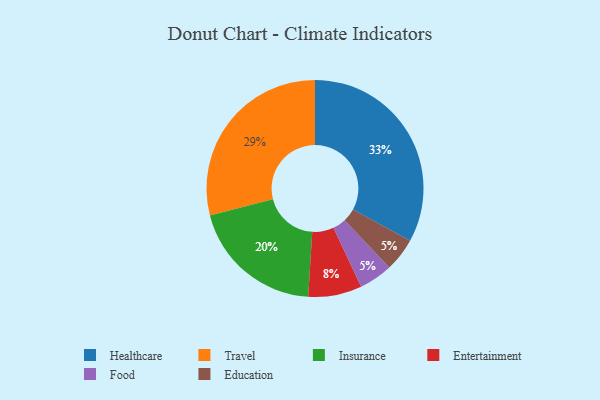
{"axis": {"x": "Category", "y": "Percentage"}, "legend": ["Education", "Entertainment", "Food", "Healthcare", "Insurance", "Travel"], "data": [{"x": "Food", "y": 5, "type": "Food"}, {"x": "Healthcare", "y": 33, "type": "Healthcare"}, {"x": "Insurance", "y": 20, "type": "Insurance"}, {"x": "Education", "y": 5, "type": "Education"}, {"x": "Travel", "y": 29, "type": "Travel"}, {"x": "Entertainment", "y": 8, "type": "Entertainment"}]}